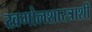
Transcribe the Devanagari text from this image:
खगोलशास्त्राशी